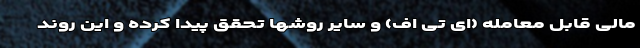
مالی قابل معامله (ای تی اف) و سایر روشها تحقق پیدا کرده و این روند